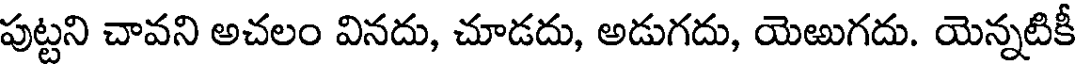
పుట్టని చావని అచలం వినదు, చూడదు, అడుగదు, యెఱుగదు. యెన్నటికీ